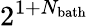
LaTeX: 2^{1+N_{\mathrm{bath}}}